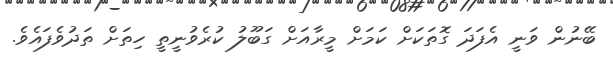
ބޭނުން ވަނީ އެފަދަ ގޮތަކަށް ކަމަށް މީރާއަށް ގަބޫލު ކުރެވުނީތީ ހިތަށް ތަދުވެފައެވެ.